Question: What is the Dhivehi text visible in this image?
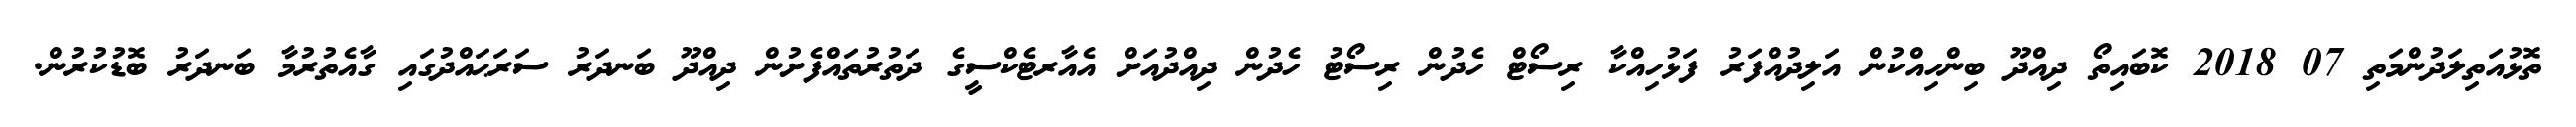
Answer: ތޮޅުއަތިލަދުންމަތި 07 2018 ކޮބައިތޯ ދިއްދޫ ބިންހިއްކުން އަލިދުއްފަރު ފަޅުހިއްކާ ރިސޯޓް ހެދުން ރިސޯޓު ހެދުން ދިއްދުއަށް އެއާރޓެކްސީގެ ދަތުރުތައްފެށުން ދިއްދޫ ބަނދަރު ސަރަޙައްދުގައި ގާއެތުރުމާ ބަނދަރު ބޮޑުކުރުން.